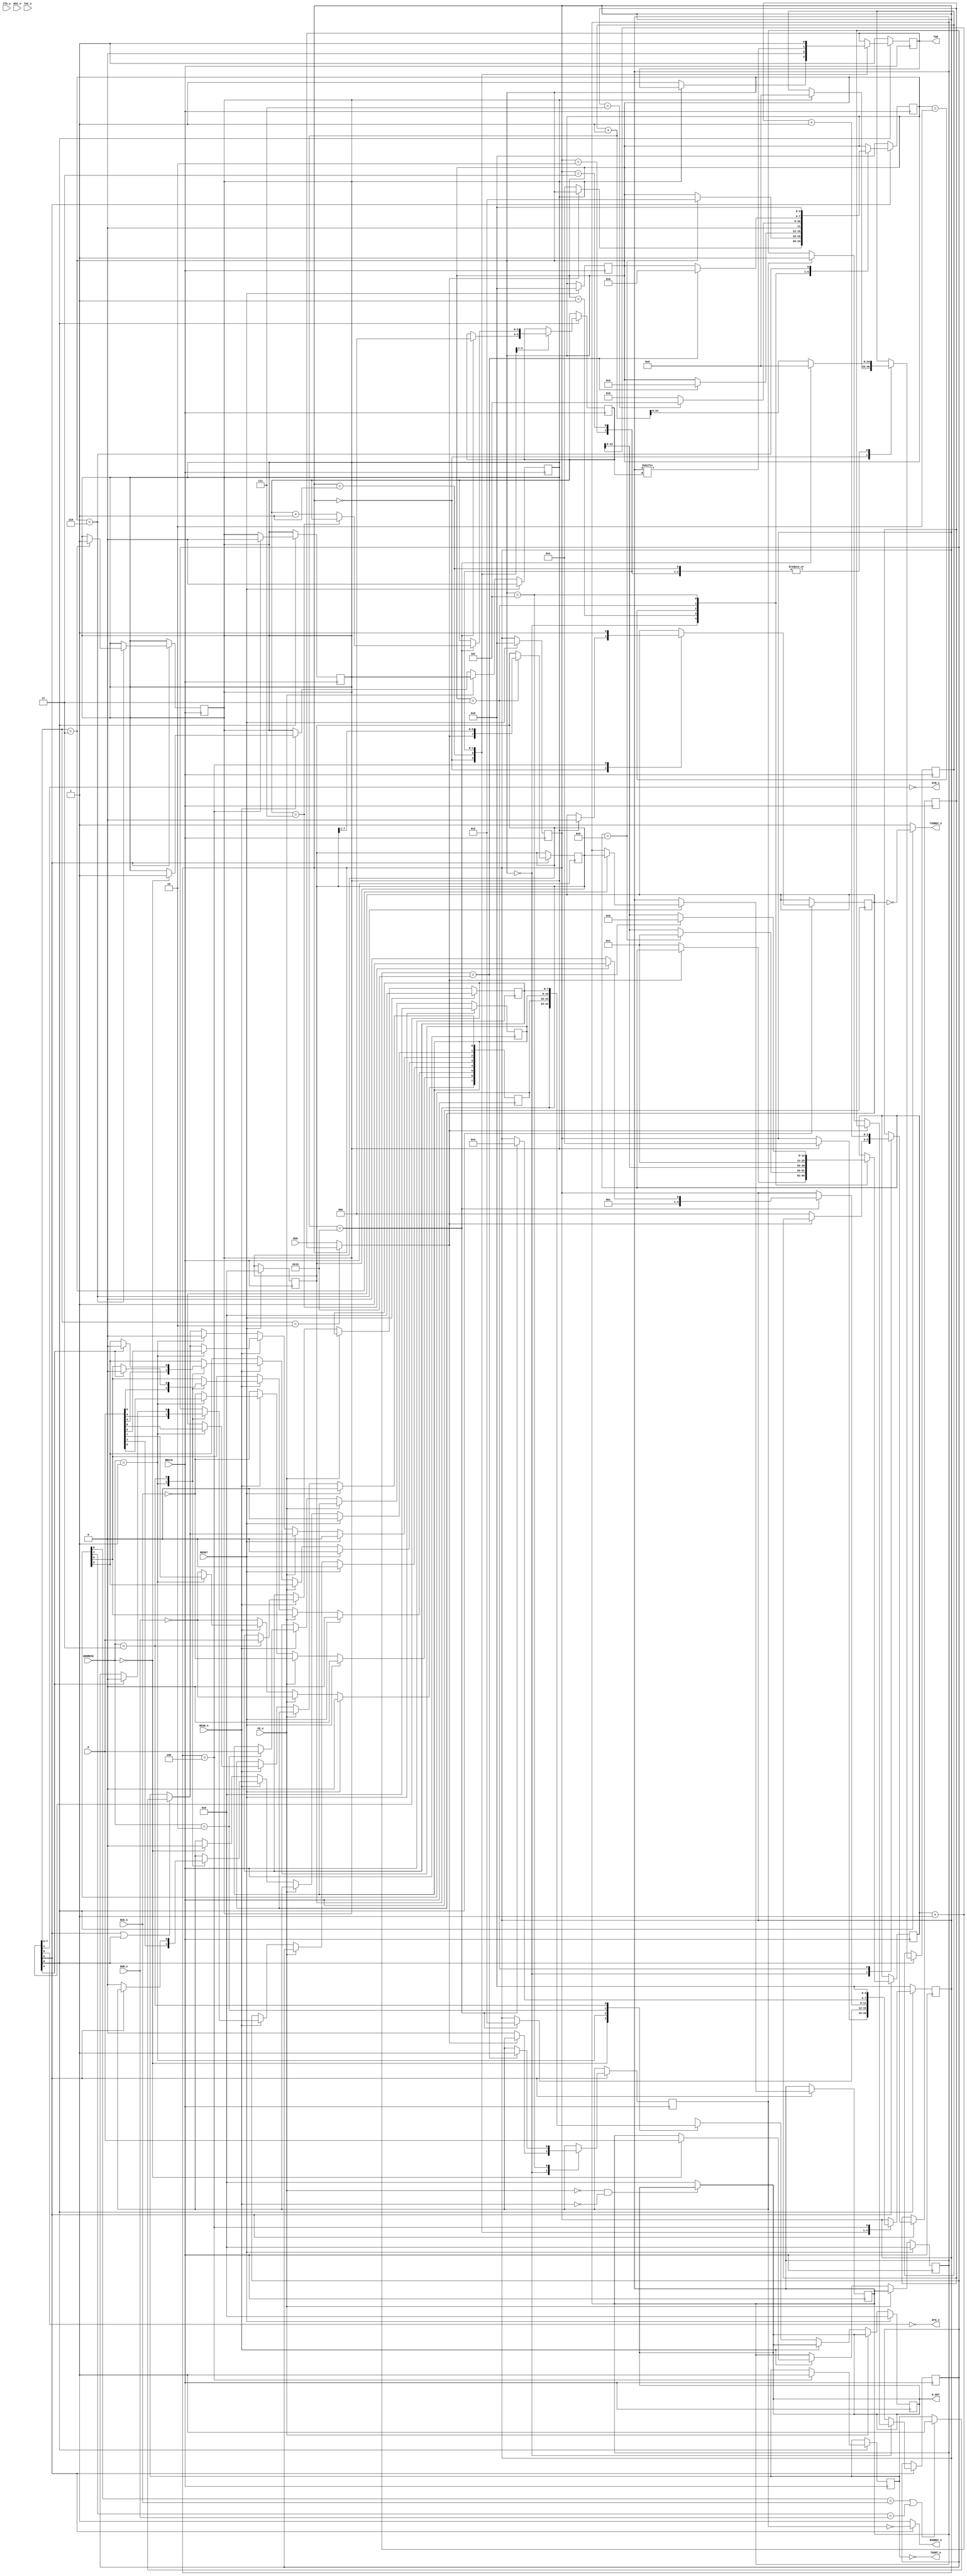
module SC2661_UART( 
   input [1:0] ADDRESS,   
   input BRCLK,  //Baud rate clock - Comes from the IO_DCD module. 4.9152Mhz
   input CE_n,
   input CTS_n,
   input DCD_n,
   input DSR_n,
   input READ_n,
   input RESET,
   input RXC_n,
   input RXD,
   input TXC_n,

   input  [7:0] D,
   output [7:0] D_OUT,

   output       DTR_n,
   output       RTS_n,
   output       RXDRDY_n,
   output       TXD,
   output       TXDRDY_n,
   output       TXEMT_n
);


   /*******************************************************************************
   ** The wires are defined here                                                 **
   *******************************************************************************/
   wire       s_txc_n;
   wire       s_dcd_n;
   wire       s_rxrdy_n;
   wire       s_reset;
   wire       s_read_n;
   wire       s_ce_n;
   wire       s_brkclk;
   wire       s_rxc_n;
   wire       s_dsr_n;
   wire       s_cts_n;
   wire       s_rxd;
   wire       s_txemt_n;
   wire       s_dtr_n;
   wire       s_txrdy_n;
   wire       s_rts_n;
   wire       s_txd;
   wire [7:0] s_data_in;

   wire [1:0] s_address;


   /*******************************************************************************
   ** Command register bits                                                      **
   *******************************************************************************/   
   
   wire        cmd_txEnabled;
   wire        cmd_forceDTRLow;
   wire        cmd_rxEnabled;
   wire        cmd_CR3;
   wire        cmd_resetError;
   wire        cmd_forceRTSLow;
   wire [1:0]  cmd_OperatingMode;
   
   localparam cmd_OperatingMode_NORMAL = 2'b00;
   localparam cmd_OperatingMode_ASYNC = 2'b01;
   localparam cmd_OperatingMode_LocalLoopback = 2'b10;
   localparam cmd_OperatingMode_RemoteLoopback = 2'b11;

   


   /*******************************************************************************
   ** Mode register 1 and 2 bits                                                 **
   *******************************************************************************/
   // Not implemented, we use constant 9600 8N1, or later 115200 8N1

   /*******************************************************************************
   ** State machine for the receiver and transmitter                             **
   *******************************************************************************/

   localparam RX_STATE_IDLE = 0;
   localparam RX_STATE_START_BIT = 1;
   localparam RX_STATE_READ_WAIT = 2;
   localparam RX_STATE_READ = 3;
   localparam RX_STATE_STOP_BIT = 5;
   localparam RX_STATE_DONE = 6;

   localparam TX_STATE_IDLE = 0;
   localparam TX_STATE_START_BIT = 1;
   localparam TX_STATE_WRITE = 2;
   localparam TX_STATE_STOP_BIT = 3;
   localparam TX_STATE_DONE = 4;

   
   //Later, refactor clock to use higher FPGA clock to allow for 115200 baud rate.
   //localparam DELAY_FRAMES = 42; //  4.915.200  (100Mhz) / 115200 Baud rate 

   localparam DELAY_FRAMES = 16; // 4.915.200 / 9600 = 512; // use 256 frames for 19.200 baud. 
   localparam HALF_DELAY_WAIT = (DELAY_FRAMES / 2);
   

   /*******************************************************************************
   ** Here all input connections are defined                                     **
   *******************************************************************************/
   assign s_txc_n          = TXC_n;
   assign s_dcd_n          = DCD_n;
   assign s_reset          = RESET;
   assign s_read_n         = READ_n;
   assign s_address        = ADDRESS;
   assign s_ce_n           = CE_n;
   assign s_brkclk         = BRCLK;
   assign s_rxc_n          = RXC_n;
   assign s_dsr_n          = DSR_n;
   assign s_cts_n          = CTS_n;
   assign s_rxd            = RXD;
   assign s_data_in        = D;

   


   /*******************************************************************************
   ** Here all output connections are defined                                    **
   *******************************************************************************/

   
   // output pins
   assign s_dtr_n= !cmd_forceDTRLow;
   assign s_rts_n= !cmd_forceRTSLow;

   assign DTR_n            = s_dtr_n;
   assign RTS_n            = s_rts_n;
   assign RXDRDY_n         = s_rxrdy_n;
   assign TXD              = s_txd;
   assign TXDRDY_n         = s_txrdy_n;
   assign TXEMT_n          = s_txemt_n;
   assign D_OUT            = regDataOut;

   reg [7:0] regDataOut;

   reg [7:0] regReceiveHoldingRegister;
   reg [7:0] regTransmitHoldingRegister;
   reg [7:0] regStatusRegister;
   reg [7:0] regModeRegister;
   reg [7:0] regCommandRegister;   

   /*
    /TxRDY
   
    This output is the complement of status register bit SR0. 
    When Low, it indicates that the transmit data holding register (THR) is ready to accept a data character from the CPU. 
    It goes High when the data character is loaded. 
    This output is valid only when the transmitter is enabled. It is an open-drain output which can be used as an interrupt to the CPU.
   */
   assign s_txrdy_n = cmd_txEnabled ? ~regStatusRegister[0] : 1'b1; 
   /*
    /RxRDY
   
    This output is the complement of status register bit SR1. 
   
    When Low, it indicates that the receive data holding register (RHR) has a character ready for input to the CPU. 
    It goes High when the RHR is read by the CPU, and also when the receiver is disabled. 
    It is an open-drain output which can be used as an interrupt to the CPU

   */ 
   assign s_rxrdy_n = cmd_rxEnabled ? ~regStatusRegister[1] : 1'b1;

   //assign s_txemt_n = regDataInSendRegister;
   assign s_txemt_n = ~regStatusRegister[2]; // When SR2 is set, the /TxEMT/DSCHG output is Low

   // Command Register helper bits
   assign cmd_txEnabled       = regCommandRegister[0];      // Transmit Control bit: 0 = Disable transmitter, 1 = Enable transmitter
   assign cmd_forceDTRLow     = regCommandRegister[1];      // 0 = Force /DTR output high, 1= Force /DTR output low
   assign cmd_rxEnabled       = regCommandRegister[2];      // Receive Control bit: 0 = Disable receiver, 1 = Enable receiver
   assign cmd_CR3             = regCommandRegister[3];
   assign cmd_resetError      = regCommandRegister[4];      // 1=Reset error flag in status (FE;OD; PE/DLE detect), 0=normal (no effect?)
   assign cmd_forceRTSLow     = regCommandRegister[5];      // 0 = Force /RTS output high, 1= Force /RTS output low   
   assign cmd_OperatingMode   = regCommandRegister[7:6];    // Operating Mode bits. 00 = Normal operation, 01= Async (Automatic Echo mode), Synch: SYN AND/OR DLE STRIPPING MODE, 01 = LOCAL LOOPBACK, 11=REMOTE LOOPBACK
   
   
   // Clear everything on reset
   always @(posedge BRCLK) begin
      if (s_reset) begin
         regReceiveHoldingRegister <= 8'b0;
         regTransmitHoldingRegister <= 8'b0;
         regStatusRegister <= 8'b0;
         regModeRegister <= 8'b0;
         regCommandRegister <= 8'b0;       
         regDataOut <= 8'b0;
         regDataInSendRegister <= 0;
         rxState <= RX_STATE_IDLE;
         txState <= TX_STATE_IDLE;
      end else begin         
         // Read and Write to registers
         
         if (cmd_rxEnabled|cmd_txEnabled) begin // Only update status register SR2 if RX or TX is enabled
            if ((regStatusRegister[6] == s_dcd_n) | (regStatusRegister[7] == s_dsr_n))
               regStatusRegister[2] <= 1; // Detected change in DSR or DCD   //SR2: 0=Normal, 1=Change in /DSR or /DCD or transmit shift register is empty
         end

         regStatusRegister[6] <= !s_dcd_n; // DCD - 0=/DCD input is high. 1=/DCD input is low
         regStatusRegister[7] <= !s_dsr_n; // DSR - 0=/DSR input is high. 1=/DSR input is low

         if (!CE_n) begin // Chip enabled!
            if (s_read_n) begin // write

               case(s_address)
                  2'b00: begin
                     //Write to transmit holding register
                     regTransmitHoldingRegister <= s_data_in; // Write transmit holding register                         
                     regDataInSendRegister <= 1; // Send data to transmitter                      

                  end

                  2'b01: regStatusRegister <= s_data_in;    // Write SYN1/SYN2/DLE registers
                  2'b10: regModeRegister <= s_data_in;      // Write mode register 1 and 2
                  2'b11: begin 
                     regCommandRegister <= s_data_in;   // Write command register

                     if (!cmd_rxEnabled)
                        regStatusRegister[1] <= 0;     // 0=Receive Holding Register Empty (Cleared if RX is disabled)

                     if (cmd_resetError) begin
                        regStatusRegister[3] <= 0; // 0=Clear Parity Error
                        regStatusRegister[4] <= 0; // 0=Clear Overrun Error
                        regStatusRegister[5] <= 0; // 0=Clear Frame Error
                     end
                  end
               default: 
                     ;  // Undefined state
               endcase

            end else begin // read

               case(s_address)
                  2'b00: begin
                        regDataOut <= regReceiveHoldingRegister; // Read receive holding register  (data out)
                        regStatusRegister[1] <= 0;             // 0=Receive Holding Register Empty
                  end
                  2'b01: begin
                        regDataOut <= regStatusRegister;  // Read status register                     
                        regStatusRegister[2]<= 0;     // Clear register SR2
                  end
                  2'b10: regDataOut <= regModeRegister; // Read mode register 1 and 2
                  2'b11: regDataOut <= regCommandRegister; // Read command register
               default: 
                  regDataOut = 8'b0;  // Undefined state
               endcase
            end

         end
      end
   end

   // Receiver local variables
   reg [3:0] rxState = 0;
   reg [12:0] rxCounter = 0;   
   reg [2:0] rxBitNumber = 0;   

   wire receiver_input;

   // In Local Loopback - The transmitter output is connected to the receiver input.
   assign receiver_input = (cmd_OperatingMode == cmd_OperatingMode_LocalLoopback) ? s_txd : s_rxd;
   
   // Receiver state machine 
   // ----------------------
   // The 68661 is conditioned to receiver data when the DCD input is Low and the RxEN bit in the commands register is true.
   // In this code we just receive when the RxEN bit is set. (Ignore DCD input)
   always @(posedge BRCLK) begin
      if (!cmd_rxEnabled)  begin
         rxState <= RX_STATE_IDLE;         
      end else begin     
         case (rxState)
             RX_STATE_IDLE: begin
                 if (receiver_input == 0) begin                
                     if (regStatusRegister[1]==1) begin
                        regStatusRegister[4] <= 1; // Overrun: 0=Normal, 1=Overrun
                     end

                     regStatusRegister[1] <= 0;      // Clear status register bit RxRDY  -- SET OVERRUN?                  
                     rxState <= RX_STATE_START_BIT;
                     rxCounter <= 1;
                     rxBitNumber <= 0;                  
                 end
             end 
             RX_STATE_START_BIT: begin
                 if (rxCounter == HALF_DELAY_WAIT) begin
                     rxState <= RX_STATE_READ_WAIT;
                     rxCounter <= 1;                  
                 end else 
                     rxCounter <= rxCounter + 1;
             end
             RX_STATE_READ_WAIT: begin
                 rxCounter <= rxCounter + 1;
                 if ((rxCounter + 1) == DELAY_FRAMES) begin
                     rxState <= RX_STATE_READ;               
                 end
             end
             RX_STATE_READ: begin
                 rxCounter <= 1;
                 regReceiveHoldingRegister <= {receiver_input, regReceiveHoldingRegister[7:1]};  // Shift right and insert s_rxt at MSB.
                 rxBitNumber <= rxBitNumber + 1;
                 if (rxBitNumber == 3'b111)
                     rxState <= RX_STATE_STOP_BIT;
                 else
                     rxState <= RX_STATE_READ_WAIT;
             end
             RX_STATE_STOP_BIT: begin
                 rxCounter <= rxCounter + 1;
                 if ((rxCounter + 1) == DELAY_FRAMES) begin
                     rxState <= RX_STATE_DONE;
                     rxCounter <= 0;                  
                     regStatusRegister[1] <= 1; // Set TXRDY 
                 end
             end       
             
             RX_STATE_DONE: begin
                   rxState <= RX_STATE_IDLE; 
                   if (cmd_OperatingMode == cmd_OperatingMode_RemoteLoopback)
                   begin 
                        // Data assembled by the receiver are automatically placed in the
                        // transmit holding register and retransmitted by the transmitter on the TxD output.

                        regTransmitHoldingRegister <= regReceiveHoldingRegister; // Write transmit holding register                         
                        regDataInSendRegister <= 1; // Send data to transmitter            
                   end               
             end
         endcase
      end
  end

  // Transmitter local variables
  reg [3:0] txState = 0;
  reg [24:0] txCounter = 0;  
  reg [2:0] txBitNumber = 0;
  reg [3:0] txByteCounter = 0;
  reg txBit =0;
  reg regDataInSendRegister=0; // 1=Data in send register (=>TxEmpty =0)

  assign s_txd = txBit;


   // Transmitter state machine
   // -------------------------
   // The EPCI is conditioned to transmit data when the CTS input is Low and the TxEN command register bit is set.
   // In this code we just transmit when the TxEN command register bit is set. (Ignore CTS input)
   always @(posedge BRCLK) begin
      if (!cmd_txEnabled)  begin
         txState <= TX_STATE_IDLE; 
         txBit <= 1;
      end else begin
         case (txState)      
             TX_STATE_IDLE: begin
                 if (regDataInSendRegister) begin
                     regStatusRegister[0] <= 0;      // 0=Transmit Holding Register BUSY
                     txState <= TX_STATE_START_BIT;
                     txCounter <= 0;
                     txByteCounter <= 0;
                 end else begin
                     txBit <= 1;
                 end
             end 

             TX_STATE_START_BIT: begin
               txBit <= 0;
               if ((txCounter + 1) == DELAY_FRAMES) begin
                     txState <= TX_STATE_WRITE;               
                     txBitNumber <= 0;
                     txCounter <= 0;
               end else 
                     txCounter <= txCounter + 1;
             end

             TX_STATE_WRITE: begin
               txBit <= regTransmitHoldingRegister[txBitNumber];
                 if ((txCounter + 1) == DELAY_FRAMES) begin
                     if (txBitNumber == 3'b111) begin
                         txState <= TX_STATE_STOP_BIT;
                     end else begin
                         txState <= TX_STATE_WRITE;
                         txBitNumber <= txBitNumber + 1;
                     end
                     txCounter <= 0;
                 end else 
                     txCounter <= txCounter + 1;
             end

             TX_STATE_STOP_BIT: begin
               txBit <= 1;
                 if ((txCounter + 1) == DELAY_FRAMES) begin
                     txState <= TX_STATE_DONE;
                     txCounter <= 0;
                 end else 
                     txCounter <= txCounter + 1;
             end

             TX_STATE_DONE: begin
               regDataInSendRegister <= 0;         
               regStatusRegister[0] <= 1; //1=Transmit Holding Register Empty                          
               regStatusRegister[2] <= 1; // TxEMT: 1=Transmit shift register empty               
               txState <= TX_STATE_IDLE;         
             end

         endcase      

       

         
      end
   end


   assign D_OUT = (!CE_n & !READ_n) ? regDataOut :  8'b0;

endmodule